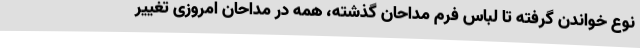
نوع خواندن گرفته تا لباس فرم مداحان گذشته، همه در مداحان امروزی تغییر